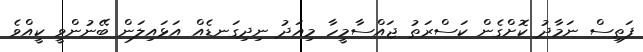
ފަތިސް ނަމާދު ކޮށްގެން ކަސްރަތު ޖައްސާމީހާ މިއަދު ނިދިގަނޑެއް އަޅައިލަން ބޭނުންވީ ކީއްވެ